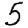
Digit: 5